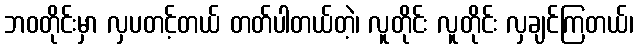
ဘဝတိုင်းမှာ လှပတင့်တယ် တတ်ပါတယ်တဲ့၊ လူတိုင်း လူတိုင်း လှချင်ကြတယ်၊